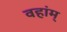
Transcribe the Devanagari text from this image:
वहांम्